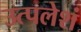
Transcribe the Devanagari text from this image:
उत्पलेशं